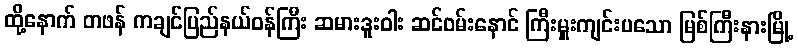
ထို့နောက် တဖန် ကချင်ပြည်နယ်ဝန်ကြီး ဆမားဒူးဝါး ဆင်ဝမ်းနောင် ကြီးမှူးကျင်းပသော မြစ်ကြီးနားမြို့